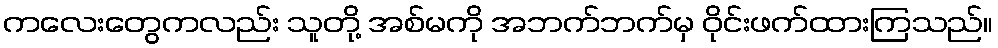
ကလေးတွေကလည်း သူတို့ အစ်မကို အဘက်ဘက်မှ ဝိုင်းဖက်ထားကြသည်။